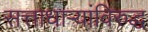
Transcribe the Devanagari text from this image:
सत्ताधाऱ्यांविरुद्ध